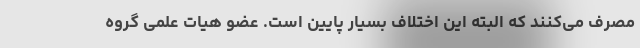
مصرف می‌کنند که البته این اختلاف بسیار پایین است. عضو هیات علمی گروه